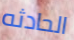
الحادثه